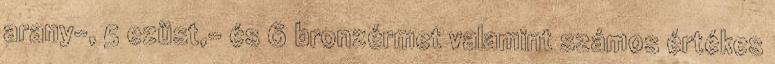
arany-, 5 ezüst,- és 6 bronzérmet valamint számos értékes